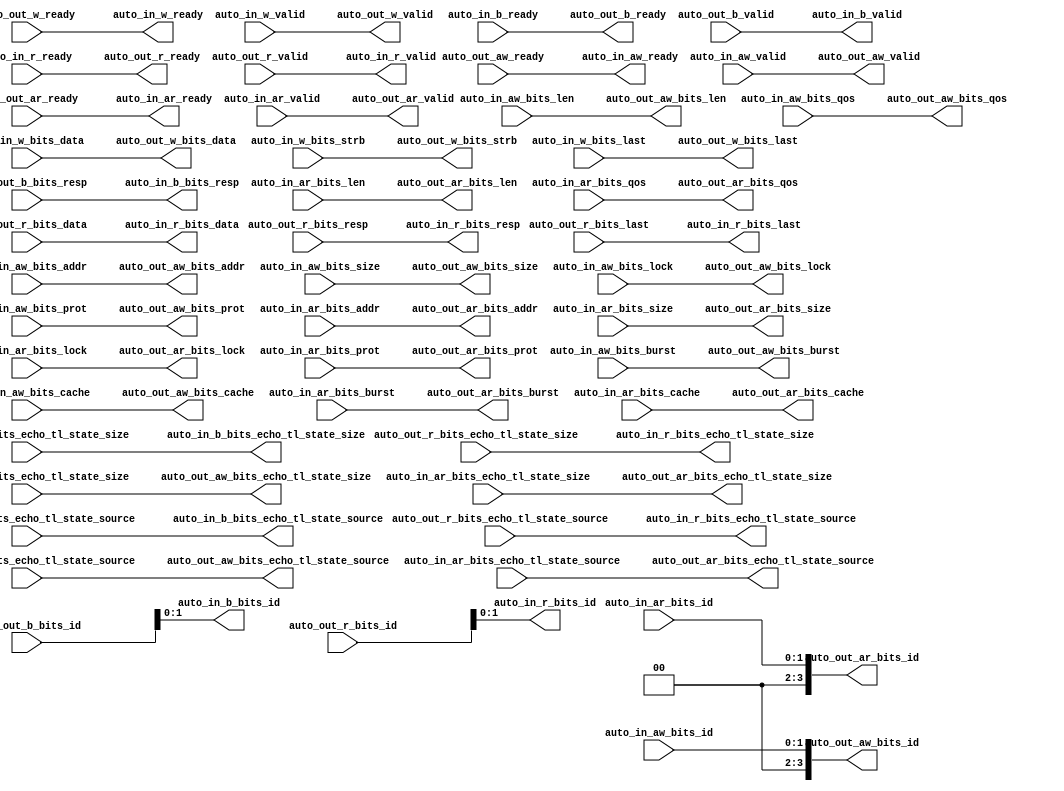
module AXI4IdIndexer_2( // @[:freechips.rocketchip.system.DefaultRV32Config.fir@72512.2]
  output        auto_in_aw_ready, // @[:freechips.rocketchip.system.DefaultRV32Config.fir@72515.4]
  input         auto_in_aw_valid, // @[:freechips.rocketchip.system.DefaultRV32Config.fir@72515.4]
  input  [1:0]  auto_in_aw_bits_id, // @[:freechips.rocketchip.system.DefaultRV32Config.fir@72515.4]
  input  [31:0] auto_in_aw_bits_addr, // @[:freechips.rocketchip.system.DefaultRV32Config.fir@72515.4]
  input  [7:0]  auto_in_aw_bits_len, // @[:freechips.rocketchip.system.DefaultRV32Config.fir@72515.4]
  input  [2:0]  auto_in_aw_bits_size, // @[:freechips.rocketchip.system.DefaultRV32Config.fir@72515.4]
  input  [1:0]  auto_in_aw_bits_burst, // @[:freechips.rocketchip.system.DefaultRV32Config.fir@72515.4]
  input         auto_in_aw_bits_lock, // @[:freechips.rocketchip.system.DefaultRV32Config.fir@72515.4]
  input  [3:0]  auto_in_aw_bits_cache, // @[:freechips.rocketchip.system.DefaultRV32Config.fir@72515.4]
  input  [2:0]  auto_in_aw_bits_prot, // @[:freechips.rocketchip.system.DefaultRV32Config.fir@72515.4]
  input  [3:0]  auto_in_aw_bits_qos, // @[:freechips.rocketchip.system.DefaultRV32Config.fir@72515.4]
  input  [3:0]  auto_in_aw_bits_echo_tl_state_size, // @[:freechips.rocketchip.system.DefaultRV32Config.fir@72515.4]
  input  [1:0]  auto_in_aw_bits_echo_tl_state_source, // @[:freechips.rocketchip.system.DefaultRV32Config.fir@72515.4]
  output        auto_in_w_ready, // @[:freechips.rocketchip.system.DefaultRV32Config.fir@72515.4]
  input         auto_in_w_valid, // @[:freechips.rocketchip.system.DefaultRV32Config.fir@72515.4]
  input  [31:0] auto_in_w_bits_data, // @[:freechips.rocketchip.system.DefaultRV32Config.fir@72515.4]
  input  [3:0]  auto_in_w_bits_strb, // @[:freechips.rocketchip.system.DefaultRV32Config.fir@72515.4]
  input         auto_in_w_bits_last, // @[:freechips.rocketchip.system.DefaultRV32Config.fir@72515.4]
  input         auto_in_b_ready, // @[:freechips.rocketchip.system.DefaultRV32Config.fir@72515.4]
  output        auto_in_b_valid, // @[:freechips.rocketchip.system.DefaultRV32Config.fir@72515.4]
  output [1:0]  auto_in_b_bits_id, // @[:freechips.rocketchip.system.DefaultRV32Config.fir@72515.4]
  output [1:0]  auto_in_b_bits_resp, // @[:freechips.rocketchip.system.DefaultRV32Config.fir@72515.4]
  output [3:0]  auto_in_b_bits_echo_tl_state_size, // @[:freechips.rocketchip.system.DefaultRV32Config.fir@72515.4]
  output [1:0]  auto_in_b_bits_echo_tl_state_source, // @[:freechips.rocketchip.system.DefaultRV32Config.fir@72515.4]
  output        auto_in_ar_ready, // @[:freechips.rocketchip.system.DefaultRV32Config.fir@72515.4]
  input         auto_in_ar_valid, // @[:freechips.rocketchip.system.DefaultRV32Config.fir@72515.4]
  input  [1:0]  auto_in_ar_bits_id, // @[:freechips.rocketchip.system.DefaultRV32Config.fir@72515.4]
  input  [31:0] auto_in_ar_bits_addr, // @[:freechips.rocketchip.system.DefaultRV32Config.fir@72515.4]
  input  [7:0]  auto_in_ar_bits_len, // @[:freechips.rocketchip.system.DefaultRV32Config.fir@72515.4]
  input  [2:0]  auto_in_ar_bits_size, // @[:freechips.rocketchip.system.DefaultRV32Config.fir@72515.4]
  input  [1:0]  auto_in_ar_bits_burst, // @[:freechips.rocketchip.system.DefaultRV32Config.fir@72515.4]
  input         auto_in_ar_bits_lock, // @[:freechips.rocketchip.system.DefaultRV32Config.fir@72515.4]
  input  [3:0]  auto_in_ar_bits_cache, // @[:freechips.rocketchip.system.DefaultRV32Config.fir@72515.4]
  input  [2:0]  auto_in_ar_bits_prot, // @[:freechips.rocketchip.system.DefaultRV32Config.fir@72515.4]
  input  [3:0]  auto_in_ar_bits_qos, // @[:freechips.rocketchip.system.DefaultRV32Config.fir@72515.4]
  input  [3:0]  auto_in_ar_bits_echo_tl_state_size, // @[:freechips.rocketchip.system.DefaultRV32Config.fir@72515.4]
  input  [1:0]  auto_in_ar_bits_echo_tl_state_source, // @[:freechips.rocketchip.system.DefaultRV32Config.fir@72515.4]
  input         auto_in_r_ready, // @[:freechips.rocketchip.system.DefaultRV32Config.fir@72515.4]
  output        auto_in_r_valid, // @[:freechips.rocketchip.system.DefaultRV32Config.fir@72515.4]
  output [1:0]  auto_in_r_bits_id, // @[:freechips.rocketchip.system.DefaultRV32Config.fir@72515.4]
  output [31:0] auto_in_r_bits_data, // @[:freechips.rocketchip.system.DefaultRV32Config.fir@72515.4]
  output [1:0]  auto_in_r_bits_resp, // @[:freechips.rocketchip.system.DefaultRV32Config.fir@72515.4]
  output [3:0]  auto_in_r_bits_echo_tl_state_size, // @[:freechips.rocketchip.system.DefaultRV32Config.fir@72515.4]
  output [1:0]  auto_in_r_bits_echo_tl_state_source, // @[:freechips.rocketchip.system.DefaultRV32Config.fir@72515.4]
  output        auto_in_r_bits_last, // @[:freechips.rocketchip.system.DefaultRV32Config.fir@72515.4]
  input         auto_out_aw_ready, // @[:freechips.rocketchip.system.DefaultRV32Config.fir@72515.4]
  output        auto_out_aw_valid, // @[:freechips.rocketchip.system.DefaultRV32Config.fir@72515.4]
  output [3:0]  auto_out_aw_bits_id, // @[:freechips.rocketchip.system.DefaultRV32Config.fir@72515.4]
  output [31:0] auto_out_aw_bits_addr, // @[:freechips.rocketchip.system.DefaultRV32Config.fir@72515.4]
  output [7:0]  auto_out_aw_bits_len, // @[:freechips.rocketchip.system.DefaultRV32Config.fir@72515.4]
  output [2:0]  auto_out_aw_bits_size, // @[:freechips.rocketchip.system.DefaultRV32Config.fir@72515.4]
  output [1:0]  auto_out_aw_bits_burst, // @[:freechips.rocketchip.system.DefaultRV32Config.fir@72515.4]
  output        auto_out_aw_bits_lock, // @[:freechips.rocketchip.system.DefaultRV32Config.fir@72515.4]
  output [3:0]  auto_out_aw_bits_cache, // @[:freechips.rocketchip.system.DefaultRV32Config.fir@72515.4]
  output [2:0]  auto_out_aw_bits_prot, // @[:freechips.rocketchip.system.DefaultRV32Config.fir@72515.4]
  output [3:0]  auto_out_aw_bits_qos, // @[:freechips.rocketchip.system.DefaultRV32Config.fir@72515.4]
  output [3:0]  auto_out_aw_bits_echo_tl_state_size, // @[:freechips.rocketchip.system.DefaultRV32Config.fir@72515.4]
  output [1:0]  auto_out_aw_bits_echo_tl_state_source, // @[:freechips.rocketchip.system.DefaultRV32Config.fir@72515.4]
  input         auto_out_w_ready, // @[:freechips.rocketchip.system.DefaultRV32Config.fir@72515.4]
  output        auto_out_w_valid, // @[:freechips.rocketchip.system.DefaultRV32Config.fir@72515.4]
  output [31:0] auto_out_w_bits_data, // @[:freechips.rocketchip.system.DefaultRV32Config.fir@72515.4]
  output [3:0]  auto_out_w_bits_strb, // @[:freechips.rocketchip.system.DefaultRV32Config.fir@72515.4]
  output        auto_out_w_bits_last, // @[:freechips.rocketchip.system.DefaultRV32Config.fir@72515.4]
  output        auto_out_b_ready, // @[:freechips.rocketchip.system.DefaultRV32Config.fir@72515.4]
  input         auto_out_b_valid, // @[:freechips.rocketchip.system.DefaultRV32Config.fir@72515.4]
  input  [3:0]  auto_out_b_bits_id, // @[:freechips.rocketchip.system.DefaultRV32Config.fir@72515.4]
  input  [1:0]  auto_out_b_bits_resp, // @[:freechips.rocketchip.system.DefaultRV32Config.fir@72515.4]
  input  [3:0]  auto_out_b_bits_echo_tl_state_size, // @[:freechips.rocketchip.system.DefaultRV32Config.fir@72515.4]
  input  [1:0]  auto_out_b_bits_echo_tl_state_source, // @[:freechips.rocketchip.system.DefaultRV32Config.fir@72515.4]
  input         auto_out_ar_ready, // @[:freechips.rocketchip.system.DefaultRV32Config.fir@72515.4]
  output        auto_out_ar_valid, // @[:freechips.rocketchip.system.DefaultRV32Config.fir@72515.4]
  output [3:0]  auto_out_ar_bits_id, // @[:freechips.rocketchip.system.DefaultRV32Config.fir@72515.4]
  output [31:0] auto_out_ar_bits_addr, // @[:freechips.rocketchip.system.DefaultRV32Config.fir@72515.4]
  output [7:0]  auto_out_ar_bits_len, // @[:freechips.rocketchip.system.DefaultRV32Config.fir@72515.4]
  output [2:0]  auto_out_ar_bits_size, // @[:freechips.rocketchip.system.DefaultRV32Config.fir@72515.4]
  output [1:0]  auto_out_ar_bits_burst, // @[:freechips.rocketchip.system.DefaultRV32Config.fir@72515.4]
  output        auto_out_ar_bits_lock, // @[:freechips.rocketchip.system.DefaultRV32Config.fir@72515.4]
  output [3:0]  auto_out_ar_bits_cache, // @[:freechips.rocketchip.system.DefaultRV32Config.fir@72515.4]
  output [2:0]  auto_out_ar_bits_prot, // @[:freechips.rocketchip.system.DefaultRV32Config.fir@72515.4]
  output [3:0]  auto_out_ar_bits_qos, // @[:freechips.rocketchip.system.DefaultRV32Config.fir@72515.4]
  output [3:0]  auto_out_ar_bits_echo_tl_state_size, // @[:freechips.rocketchip.system.DefaultRV32Config.fir@72515.4]
  output [1:0]  auto_out_ar_bits_echo_tl_state_source, // @[:freechips.rocketchip.system.DefaultRV32Config.fir@72515.4]
  output        auto_out_r_ready, // @[:freechips.rocketchip.system.DefaultRV32Config.fir@72515.4]
  input         auto_out_r_valid, // @[:freechips.rocketchip.system.DefaultRV32Config.fir@72515.4]
  input  [3:0]  auto_out_r_bits_id, // @[:freechips.rocketchip.system.DefaultRV32Config.fir@72515.4]
  input  [31:0] auto_out_r_bits_data, // @[:freechips.rocketchip.system.DefaultRV32Config.fir@72515.4]
  input  [1:0]  auto_out_r_bits_resp, // @[:freechips.rocketchip.system.DefaultRV32Config.fir@72515.4]
  input  [3:0]  auto_out_r_bits_echo_tl_state_size, // @[:freechips.rocketchip.system.DefaultRV32Config.fir@72515.4]
  input  [1:0]  auto_out_r_bits_echo_tl_state_source, // @[:freechips.rocketchip.system.DefaultRV32Config.fir@72515.4]
  input         auto_out_r_bits_last // @[:freechips.rocketchip.system.DefaultRV32Config.fir@72515.4]
);
  assign auto_in_aw_ready = auto_out_aw_ready; // @[LazyModule.scala 303:16:freechips.rocketchip.system.DefaultRV32Config.fir@72525.4]
  assign auto_in_w_ready = auto_out_w_ready; // @[LazyModule.scala 303:16:freechips.rocketchip.system.DefaultRV32Config.fir@72525.4]
  assign auto_in_b_valid = auto_out_b_valid; // @[LazyModule.scala 303:16:freechips.rocketchip.system.DefaultRV32Config.fir@72525.4]
  assign auto_in_b_bits_id = auto_out_b_bits_id[1:0]; // @[LazyModule.scala 303:16:freechips.rocketchip.system.DefaultRV32Config.fir@72525.4]
  assign auto_in_b_bits_resp = auto_out_b_bits_resp; // @[LazyModule.scala 303:16:freechips.rocketchip.system.DefaultRV32Config.fir@72525.4]
  assign auto_in_b_bits_echo_tl_state_size = auto_out_b_bits_echo_tl_state_size; // @[LazyModule.scala 303:16:freechips.rocketchip.system.DefaultRV32Config.fir@72525.4]
  assign auto_in_b_bits_echo_tl_state_source = auto_out_b_bits_echo_tl_state_source; // @[LazyModule.scala 303:16:freechips.rocketchip.system.DefaultRV32Config.fir@72525.4]
  assign auto_in_ar_ready = auto_out_ar_ready; // @[LazyModule.scala 303:16:freechips.rocketchip.system.DefaultRV32Config.fir@72525.4]
  assign auto_in_r_valid = auto_out_r_valid; // @[LazyModule.scala 303:16:freechips.rocketchip.system.DefaultRV32Config.fir@72525.4]
  assign auto_in_r_bits_id = auto_out_r_bits_id[1:0]; // @[LazyModule.scala 303:16:freechips.rocketchip.system.DefaultRV32Config.fir@72525.4]
  assign auto_in_r_bits_data = auto_out_r_bits_data; // @[LazyModule.scala 303:16:freechips.rocketchip.system.DefaultRV32Config.fir@72525.4]
  assign auto_in_r_bits_resp = auto_out_r_bits_resp; // @[LazyModule.scala 303:16:freechips.rocketchip.system.DefaultRV32Config.fir@72525.4]
  assign auto_in_r_bits_echo_tl_state_size = auto_out_r_bits_echo_tl_state_size; // @[LazyModule.scala 303:16:freechips.rocketchip.system.DefaultRV32Config.fir@72525.4]
  assign auto_in_r_bits_echo_tl_state_source = auto_out_r_bits_echo_tl_state_source; // @[LazyModule.scala 303:16:freechips.rocketchip.system.DefaultRV32Config.fir@72525.4]
  assign auto_in_r_bits_last = auto_out_r_bits_last; // @[LazyModule.scala 303:16:freechips.rocketchip.system.DefaultRV32Config.fir@72525.4]
  assign auto_out_aw_valid = auto_in_aw_valid; // @[LazyModule.scala 305:12:freechips.rocketchip.system.DefaultRV32Config.fir@72524.4]
  assign auto_out_aw_bits_id = {{2'd0}, auto_in_aw_bits_id}; // @[LazyModule.scala 305:12:freechips.rocketchip.system.DefaultRV32Config.fir@72524.4]
  assign auto_out_aw_bits_addr = auto_in_aw_bits_addr; // @[LazyModule.scala 305:12:freechips.rocketchip.system.DefaultRV32Config.fir@72524.4]
  assign auto_out_aw_bits_len = auto_in_aw_bits_len; // @[LazyModule.scala 305:12:freechips.rocketchip.system.DefaultRV32Config.fir@72524.4]
  assign auto_out_aw_bits_size = auto_in_aw_bits_size; // @[LazyModule.scala 305:12:freechips.rocketchip.system.DefaultRV32Config.fir@72524.4]
  assign auto_out_aw_bits_burst = auto_in_aw_bits_burst; // @[LazyModule.scala 305:12:freechips.rocketchip.system.DefaultRV32Config.fir@72524.4]
  assign auto_out_aw_bits_lock = auto_in_aw_bits_lock; // @[LazyModule.scala 305:12:freechips.rocketchip.system.DefaultRV32Config.fir@72524.4]
  assign auto_out_aw_bits_cache = auto_in_aw_bits_cache; // @[LazyModule.scala 305:12:freechips.rocketchip.system.DefaultRV32Config.fir@72524.4]
  assign auto_out_aw_bits_prot = auto_in_aw_bits_prot; // @[LazyModule.scala 305:12:freechips.rocketchip.system.DefaultRV32Config.fir@72524.4]
  assign auto_out_aw_bits_qos = auto_in_aw_bits_qos; // @[LazyModule.scala 305:12:freechips.rocketchip.system.DefaultRV32Config.fir@72524.4]
  assign auto_out_aw_bits_echo_tl_state_size = auto_in_aw_bits_echo_tl_state_size; // @[LazyModule.scala 305:12:freechips.rocketchip.system.DefaultRV32Config.fir@72524.4]
  assign auto_out_aw_bits_echo_tl_state_source = auto_in_aw_bits_echo_tl_state_source; // @[LazyModule.scala 305:12:freechips.rocketchip.system.DefaultRV32Config.fir@72524.4]
  assign auto_out_w_valid = auto_in_w_valid; // @[LazyModule.scala 305:12:freechips.rocketchip.system.DefaultRV32Config.fir@72524.4]
  assign auto_out_w_bits_data = auto_in_w_bits_data; // @[LazyModule.scala 305:12:freechips.rocketchip.system.DefaultRV32Config.fir@72524.4]
  assign auto_out_w_bits_strb = auto_in_w_bits_strb; // @[LazyModule.scala 305:12:freechips.rocketchip.system.DefaultRV32Config.fir@72524.4]
  assign auto_out_w_bits_last = auto_in_w_bits_last; // @[LazyModule.scala 305:12:freechips.rocketchip.system.DefaultRV32Config.fir@72524.4]
  assign auto_out_b_ready = auto_in_b_ready; // @[LazyModule.scala 305:12:freechips.rocketchip.system.DefaultRV32Config.fir@72524.4]
  assign auto_out_ar_valid = auto_in_ar_valid; // @[LazyModule.scala 305:12:freechips.rocketchip.system.DefaultRV32Config.fir@72524.4]
  assign auto_out_ar_bits_id = {{2'd0}, auto_in_ar_bits_id}; // @[LazyModule.scala 305:12:freechips.rocketchip.system.DefaultRV32Config.fir@72524.4]
  assign auto_out_ar_bits_addr = auto_in_ar_bits_addr; // @[LazyModule.scala 305:12:freechips.rocketchip.system.DefaultRV32Config.fir@72524.4]
  assign auto_out_ar_bits_len = auto_in_ar_bits_len; // @[LazyModule.scala 305:12:freechips.rocketchip.system.DefaultRV32Config.fir@72524.4]
  assign auto_out_ar_bits_size = auto_in_ar_bits_size; // @[LazyModule.scala 305:12:freechips.rocketchip.system.DefaultRV32Config.fir@72524.4]
  assign auto_out_ar_bits_burst = auto_in_ar_bits_burst; // @[LazyModule.scala 305:12:freechips.rocketchip.system.DefaultRV32Config.fir@72524.4]
  assign auto_out_ar_bits_lock = auto_in_ar_bits_lock; // @[LazyModule.scala 305:12:freechips.rocketchip.system.DefaultRV32Config.fir@72524.4]
  assign auto_out_ar_bits_cache = auto_in_ar_bits_cache; // @[LazyModule.scala 305:12:freechips.rocketchip.system.DefaultRV32Config.fir@72524.4]
  assign auto_out_ar_bits_prot = auto_in_ar_bits_prot; // @[LazyModule.scala 305:12:freechips.rocketchip.system.DefaultRV32Config.fir@72524.4]
  assign auto_out_ar_bits_qos = auto_in_ar_bits_qos; // @[LazyModule.scala 305:12:freechips.rocketchip.system.DefaultRV32Config.fir@72524.4]
  assign auto_out_ar_bits_echo_tl_state_size = auto_in_ar_bits_echo_tl_state_size; // @[LazyModule.scala 305:12:freechips.rocketchip.system.DefaultRV32Config.fir@72524.4]
  assign auto_out_ar_bits_echo_tl_state_source = auto_in_ar_bits_echo_tl_state_source; // @[LazyModule.scala 305:12:freechips.rocketchip.system.DefaultRV32Config.fir@72524.4]
  assign auto_out_r_ready = auto_in_r_ready; // @[LazyModule.scala 305:12:freechips.rocketchip.system.DefaultRV32Config.fir@72524.4]
endmodule